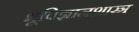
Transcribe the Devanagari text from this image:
भूविज्ञानशास्त्र